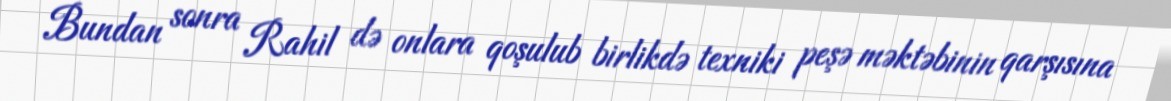
Bundan sonra Rahil də onlara qoşulub birlikdə texniki peşə məktəbinin qarşısına